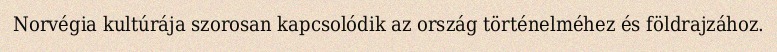
Norvégia kultúrája szorosan kapcsolódik az ország történelméhez és földrajzához.